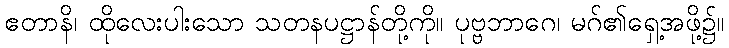
ဧတာနိ၊ ထိုလေးပါးသော သတနပဋ္ဌာန်တို့ကို။ ပုဗ္ဗဘာဂေ၊ မဂ်၏ရှေ့အဖို့၌။